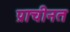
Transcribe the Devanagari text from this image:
प्राचीनत